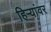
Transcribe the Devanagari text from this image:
हिऱ्यांवर